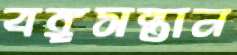
বঙ্গসন্তান